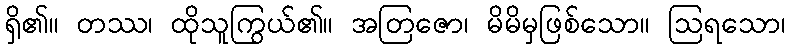
ရှိ၏။ တဿ၊ ထိုသူကြွယ်၏။ အတြဇော၊ မိမိမှဖြစ်သော။ ဩရသော၊